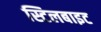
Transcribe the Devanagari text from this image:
स्टिलबाइट